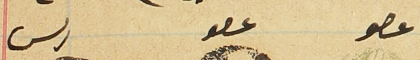
عصو          عصو                رىس